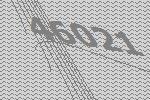
46021